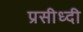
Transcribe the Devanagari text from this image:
प्रसीध्दी